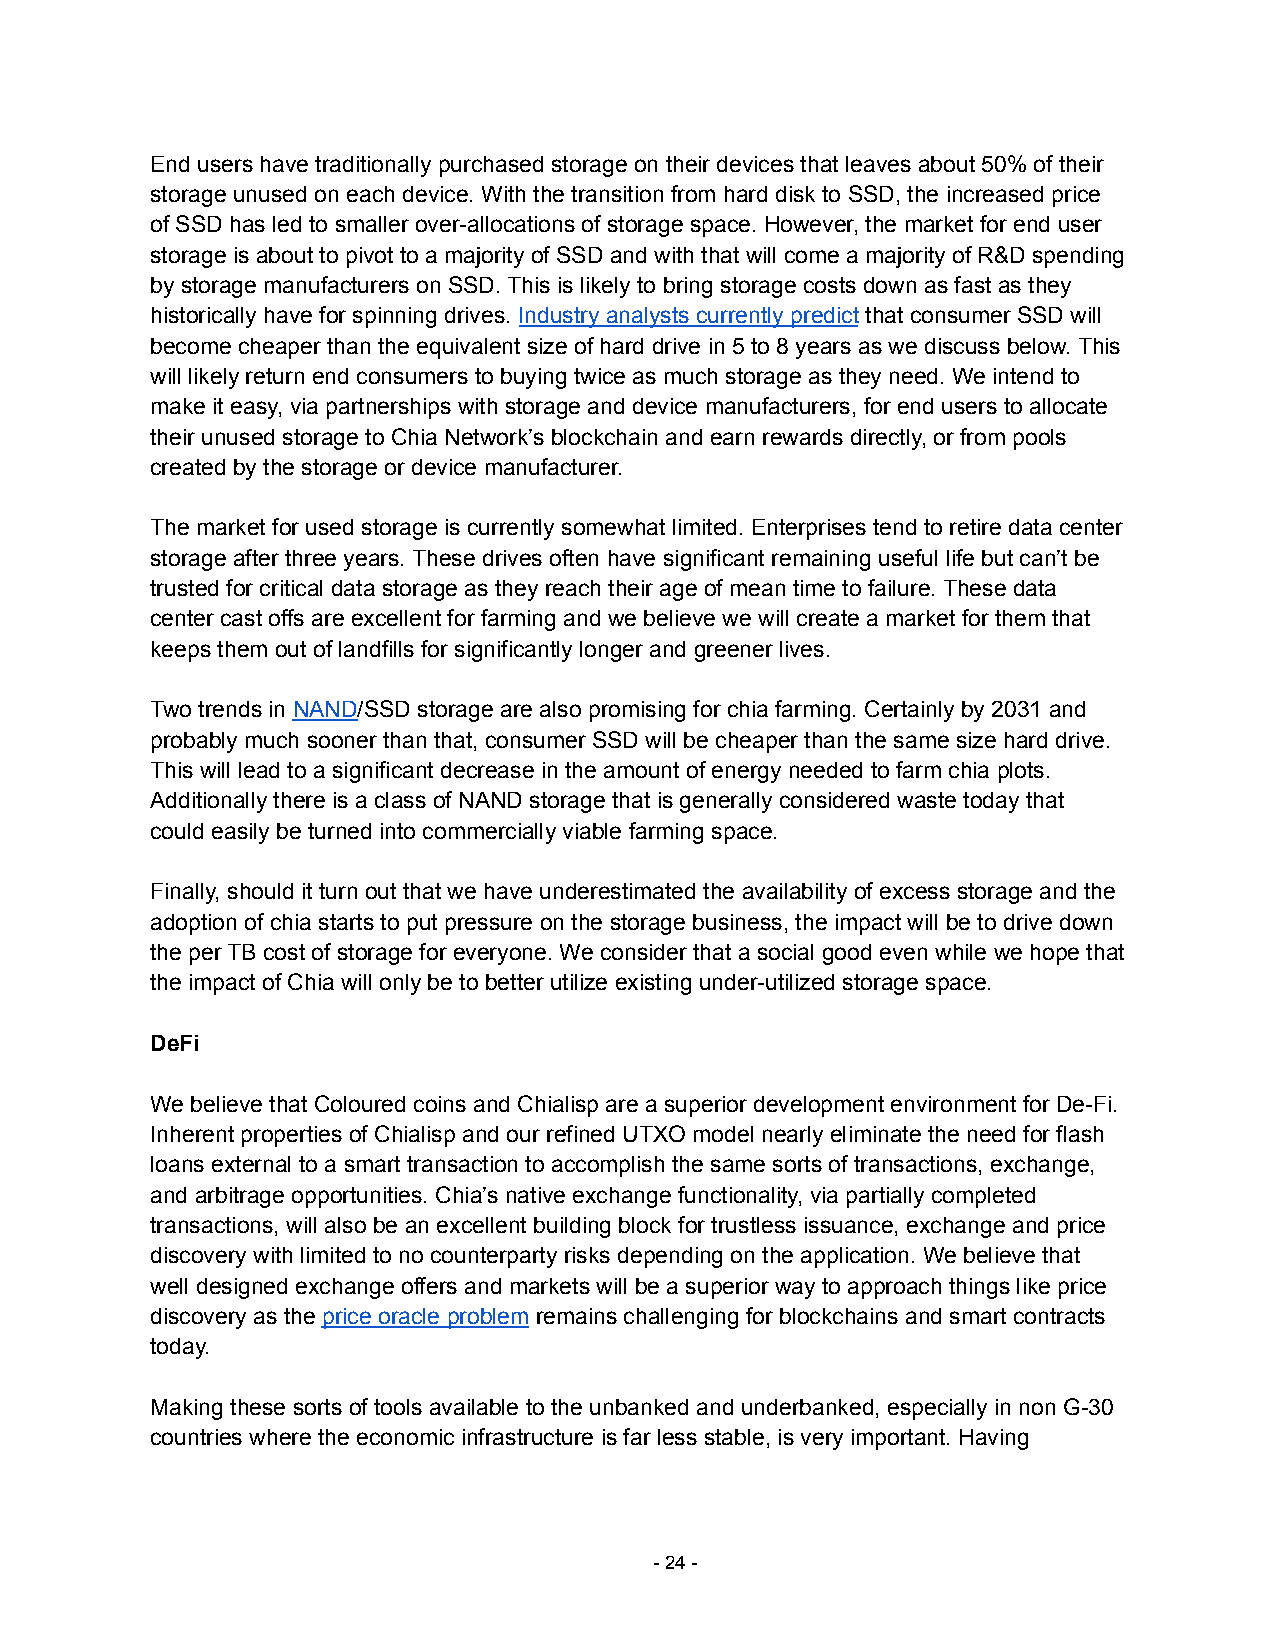
End users have traditionally purchased storage on their devices that leaves about 50% of their
 storage unused on each device. With the transition from hard disk to SSD, the increased price
 of SSD has led to smaller over-allocations of storage space. However, the market for end user
 storage is about to pivot to a majority of SSD and with that will come a majority of R&D spending
 by storage manufacturers on SSD. This is likely to bring storage costs down as fast as they
 historically have for spinning drives. Industry analysts currently predict that consumer SSD will
 become cheaper than the equivalent size of hard drive in 5 to 8 years as we discuss below. This
 will likely return end consumers to buying twice as much storage as they need. We intend to
 make it easy, via partnerships with storage and device manufacturers, for end users to allocate
 their unused storage to Chia Network’s blockchain and earn rewards directly, or from pools
 created by the storage or device manufacturer.
 The market for used storage is currently somewhat limited. Enterprises tend to retire data center
 storage after three years. These drives often have significant remaining useful life but can’t be
 trusted for critical data storage as they reach their age of mean time to failure. These data
 center cast offs are excellent for farming and we believe we will create a market for them that
 keeps them out of landfills for significantly longer and greener lives.
 Two trends in NAND/SSD storage are also promising for chia farming. Certainly by 2031 and
 probably much sooner than that, consumer SSD will be cheaper than the same size hard drive.
 This will lead to a significant decrease in the amount of energy needed to farm chia plots.
 Additionally there is a class of NAND storage that is generally considered waste today that
 could easily be turned into commercially viable farming space.
 Finally, should it turn out that we have underestimated the availability of excess storage and the
 adoption of chia starts to put pressure on the storage business, the impact will be to drive down
 the per TB cost of storage for everyone. We consider that a social good even while we hope that
 the impact of Chia will only be to better utilize existing under-utilized storage space.
 DeFi
 We believe that Coloured coins and Chialisp are a superior development environment for De-Fi.
 Inherent properties of Chialisp and our refined UTXO model nearly eliminate the need for flash
 loans external to a smart transaction to accomplish the same sorts of transactions, exchange,
 and arbitrage opportunities. Chia’s native exchange functionality, via partially completed
 transactions, will also be an excellent building block for trustless issuance, exchange and price
 discovery with limited to no counterparty risks depending on the application. We believe that
 well designed exchange offers and markets will be a superior way to approach things like price
 discovery as the price oracle problem remains challenging for blockchains and smart contracts
 today.
 Making these sorts of tools available to the unbanked and underbanked, especially in non G-30
 countries where the economic infrastructure is far less stable, is very important. Having
 -24-